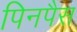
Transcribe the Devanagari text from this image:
पिनपैस